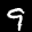
Label: 9